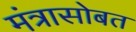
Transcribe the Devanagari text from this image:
मंत्रासोबत